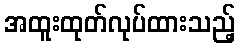
အထူးထုတ်လုပ်ထားသည့်